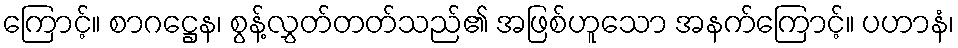
ကြောင့်။ စာဂဋ္ဌေန၊ စွန့်လွှတ်တတ်သည်၏ အဖြစ်ဟူသော အနက်ကြောင့်။ ပဟာနံ၊